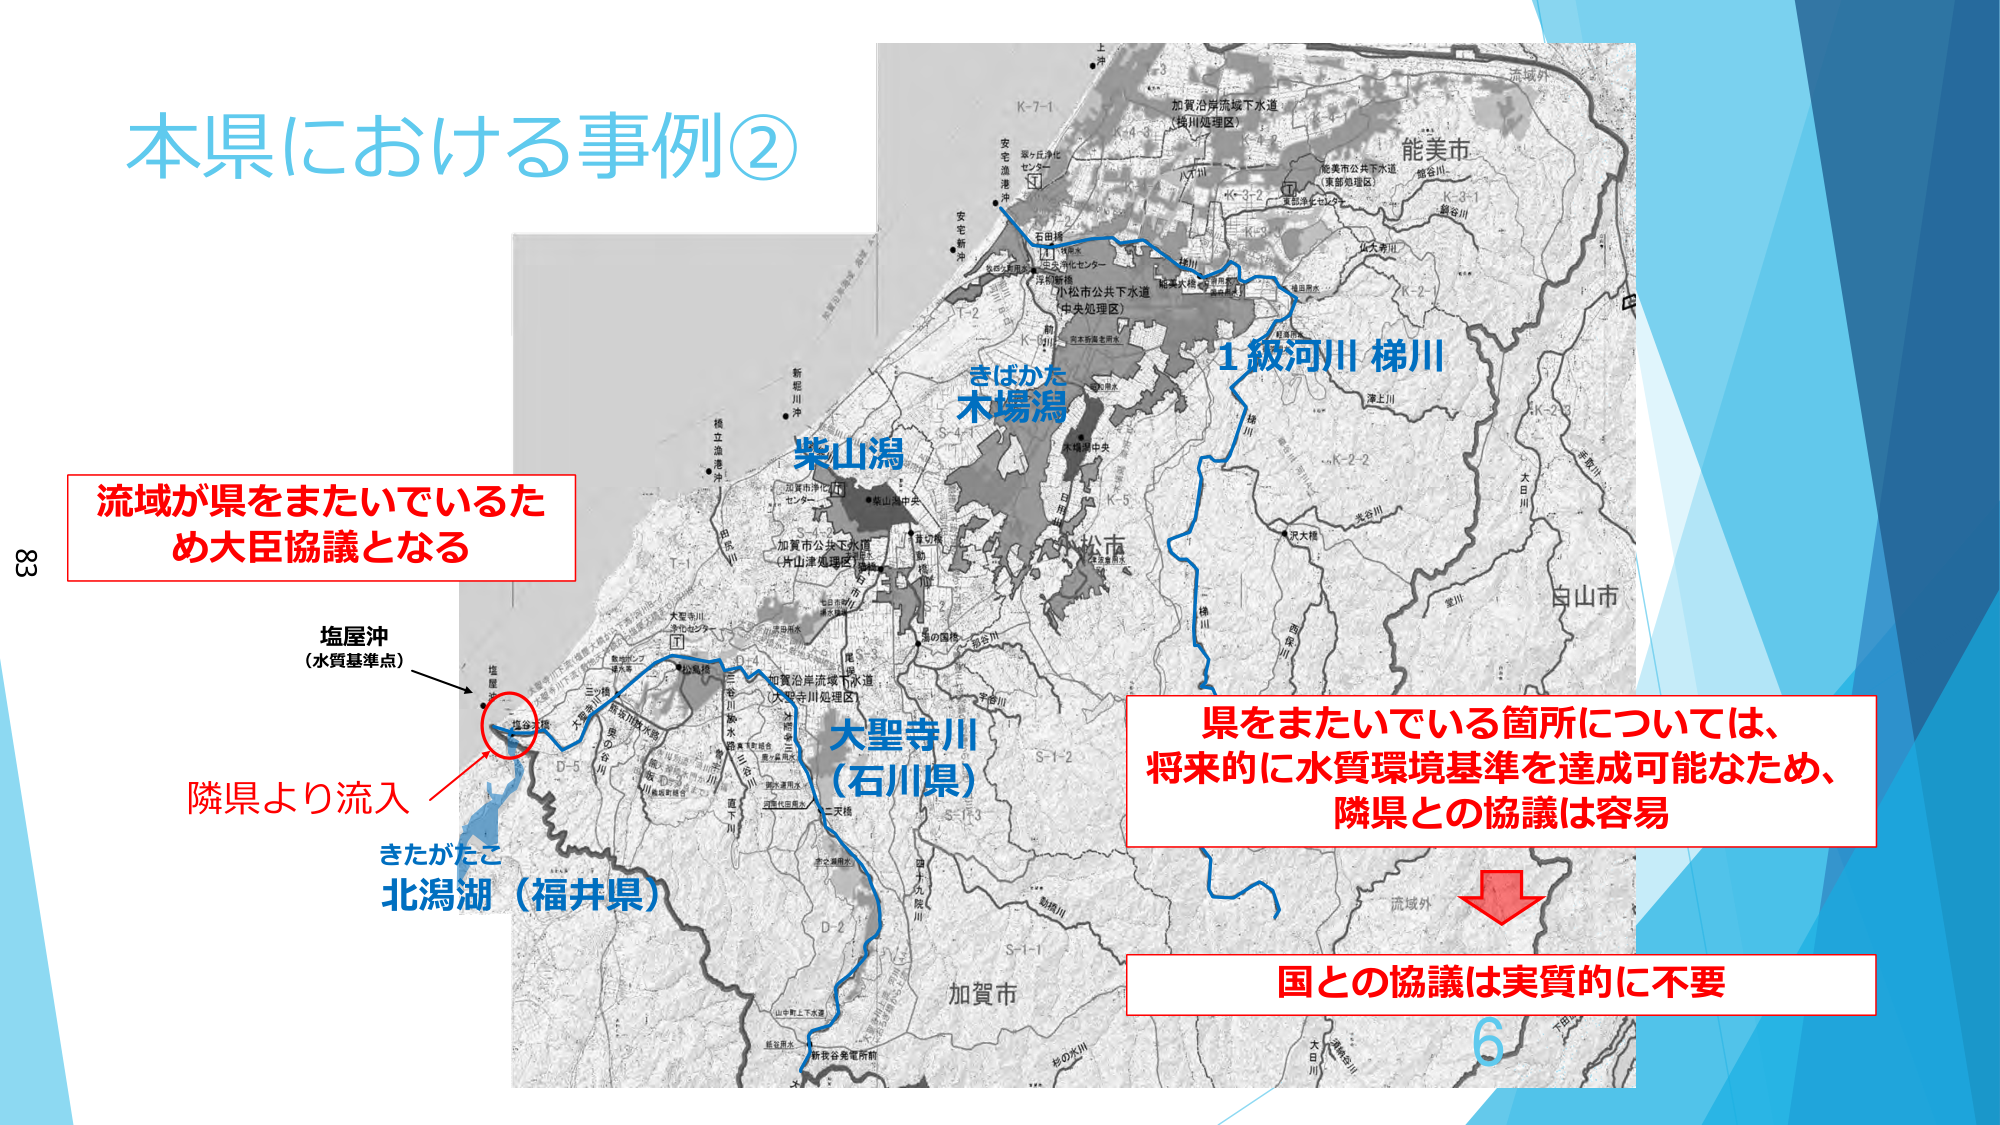
本県における事例②

流域が県をまたいでいるため大臣協議となる

塩屋沖
（水質基準点）

隣県より流入

きたがたこ
北潟湖（福井県）

きはかた
木場潟

柴山潟

大聖寺川
（石川県）

1級河川 梯川

能美市

加賀沿岸流域下水道
（浅川処理区）

安宅漁港沖
安宅新沖

石田橋

小松市公共下水道
（中失処理区）

加賀市公共下水道
（片山津処理区）

加賀沿岸流域下水道
（大聖寺川処理区）

三ツ橋

加賀市浄化センター

大聖寺川
浄化センター

三宅川浄水場

二天橋

加賀市

白山市

大日川

流域能外

県をまたいでいる箇所については、
将来的に水質環境基準を達成可能なため、
隣県との協議は容易

国との協議は実質的に不要

6

83